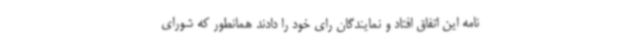
نامه این اتفاق افتاد و نمایندگان رای خود را دادند همانطور که شورای